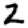
Digit: 2